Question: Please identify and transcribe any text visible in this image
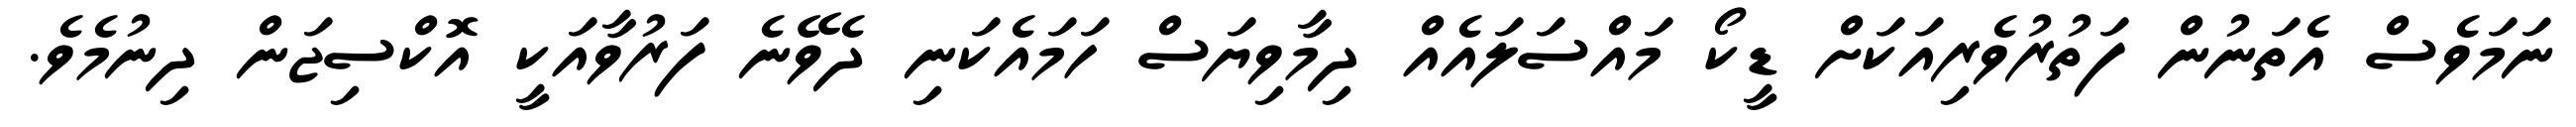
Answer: ނަމަވެސް އެތަނުން ފަތުރުވެރިއަކަށް ޑީކޯ މައްސަލައެއް ދިމާވިޔަސް ހަމައެކަނި ދެވޭނެ ފަރުވާއަކީ އޮކްސިޖަން ދިނުމެވެ.